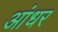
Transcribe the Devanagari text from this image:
आंधर